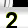
Digit: 2